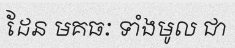
ដែន មគធៈ ទាំងមូល ជា